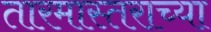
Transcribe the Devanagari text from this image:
तारमास्तराच्या